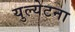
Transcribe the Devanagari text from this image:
युल्येटना